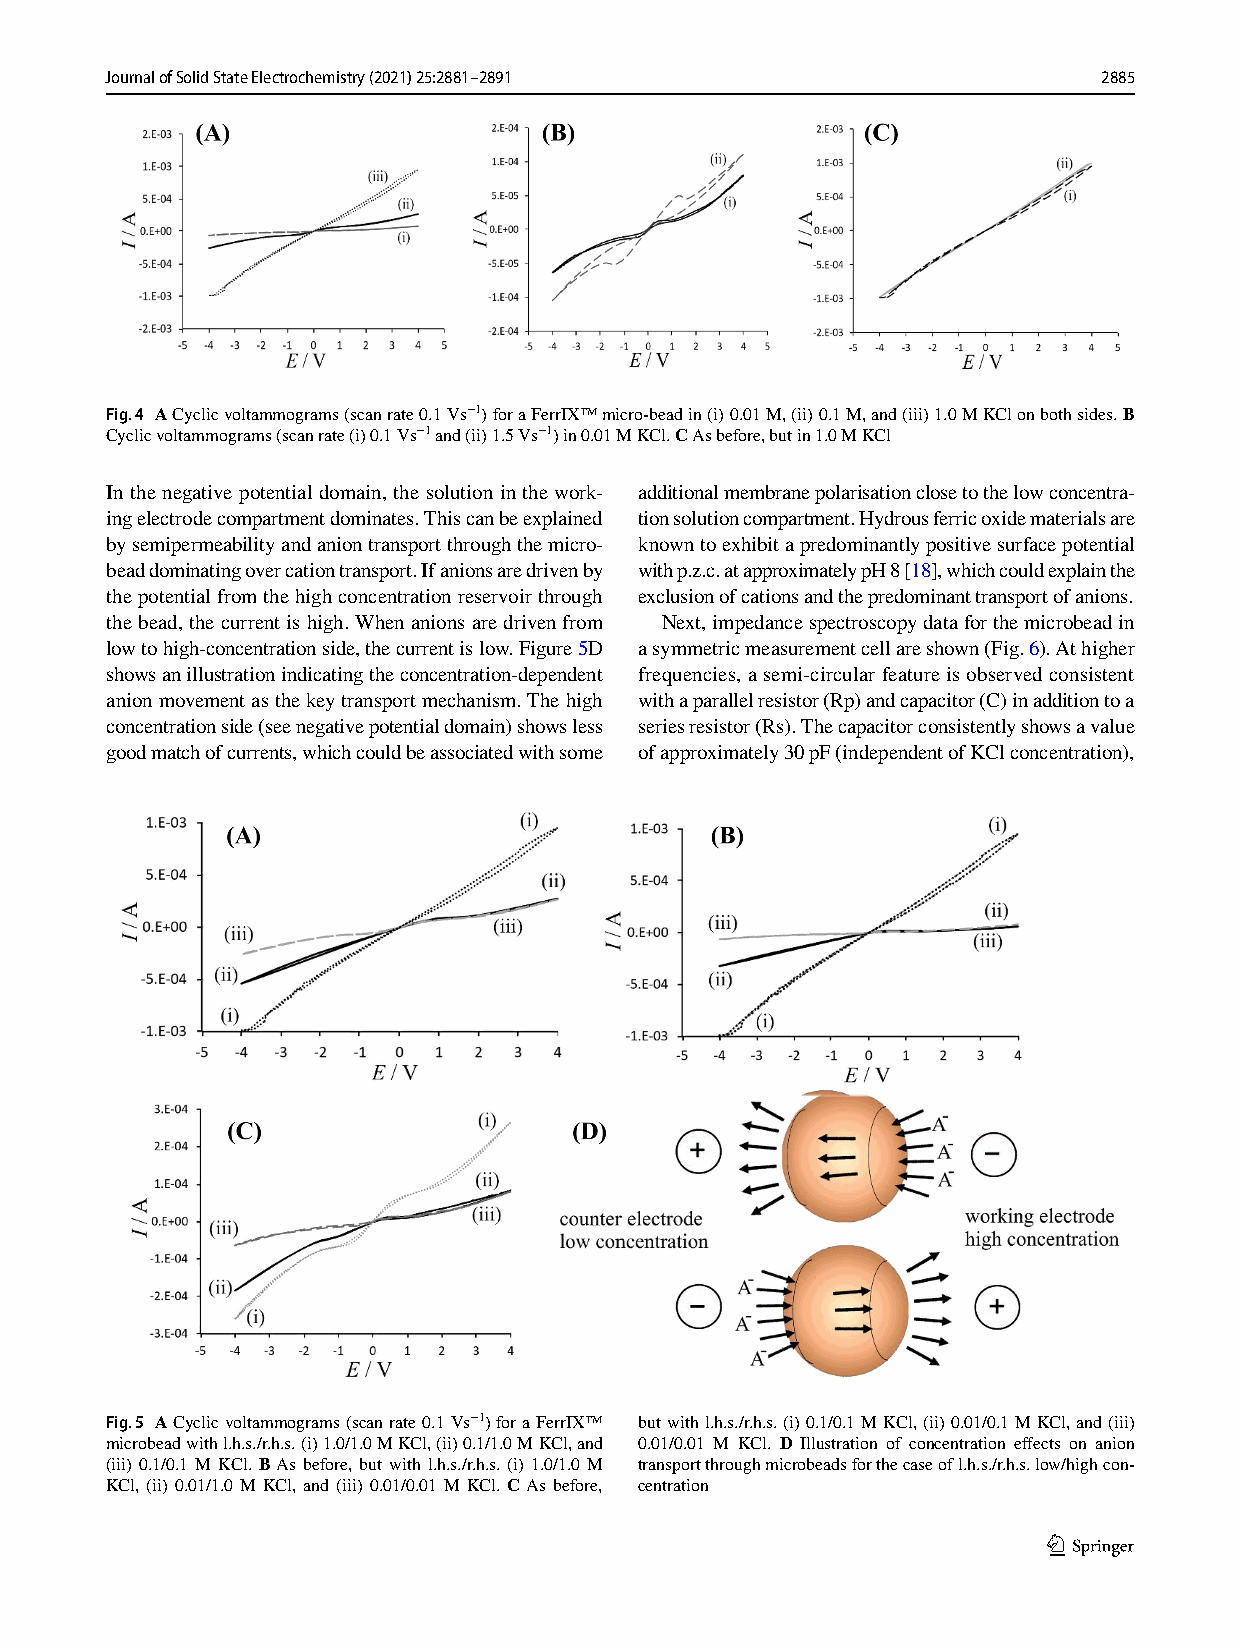
Journal of Solid State Electrochemistry (2021) 25:2881–2891       2885
 Fig. 4 A Cyclic voltammograms (scan rate 0.1 V s−1) for a FerrIX™ micro-bead in (i) 0.01 M, (ii) 0.1 M, and (iii) 1.0 M KCl on both sides. B
 Cyclic voltammograms (scan rate (i) 0.1 Vs−1 and (ii) 1.5 Vs−1) in 0.01 M KCl. C As before, but in 1.0 M KCl
 In the negative potential domain, the solution in the work- additional membrane polarisation close to the low concentra-
 ing electrode compartment dominates. This can be explained tion solution compartment. Hydrous ferric oxide materials are
 by semipermeability and anion transport through the micro- known to exhibit a predominantly positive surface potential
 bead dominating over cation transport. If anions are driven by with p.z.c. at approximately pH 8 [18], which could explain the
 the potential from the high concentration reservoir through exclusion of cations and the predominant transport of anions.
 the bead, the current is high. When anions are driven from Next, impedance spectroscopy data for the microbead in
 low to high-concentration side, the current is low. Figure 5D a symmetric measurement cell are shown (Fig. 6). At higher
 shows an illustration indicating the concentration-dependent frequencies, a semi-circular feature is observed consistent
 anion movement as the key transport mechanism. The high with a parallel resistor (Rp) and capacitor (C) in addition to a
 concentration side (see negative potential domain) shows less series resistor (Rs). The capacitor consistently shows a value
 good match of currents, which could be associated with some of approximately 30 pF (independent of KCl concentration),
 Fig. 5 A Cyclic voltammograms (scan rate 0.1 Vs−1) for a FerrIX™ but with l.h.s./r.h.s. (i) 0.1/0.1 M KCl, (ii) 0.01/0.1 M KCl, and (iii)
 microbead with l.h.s./r.h.s. (i) 1.0/1.0 M KCl, (ii) 0.1/1.0 M KCl, and 0.01/0.01 M KCl. D Illustration of concentration effects on anion
 (iii) 0.1/0.1 M KCl. B As before, but with l.h.s./r.h.s. (i) 1.0/1.0 M transport through microbeads for the case of l.h.s./r.h.s. low/high con-
 KCl, (ii) 0.01/1.0 M KCl, and (iii) 0.01/0.01 M KCl. C As before, centration
 1 3